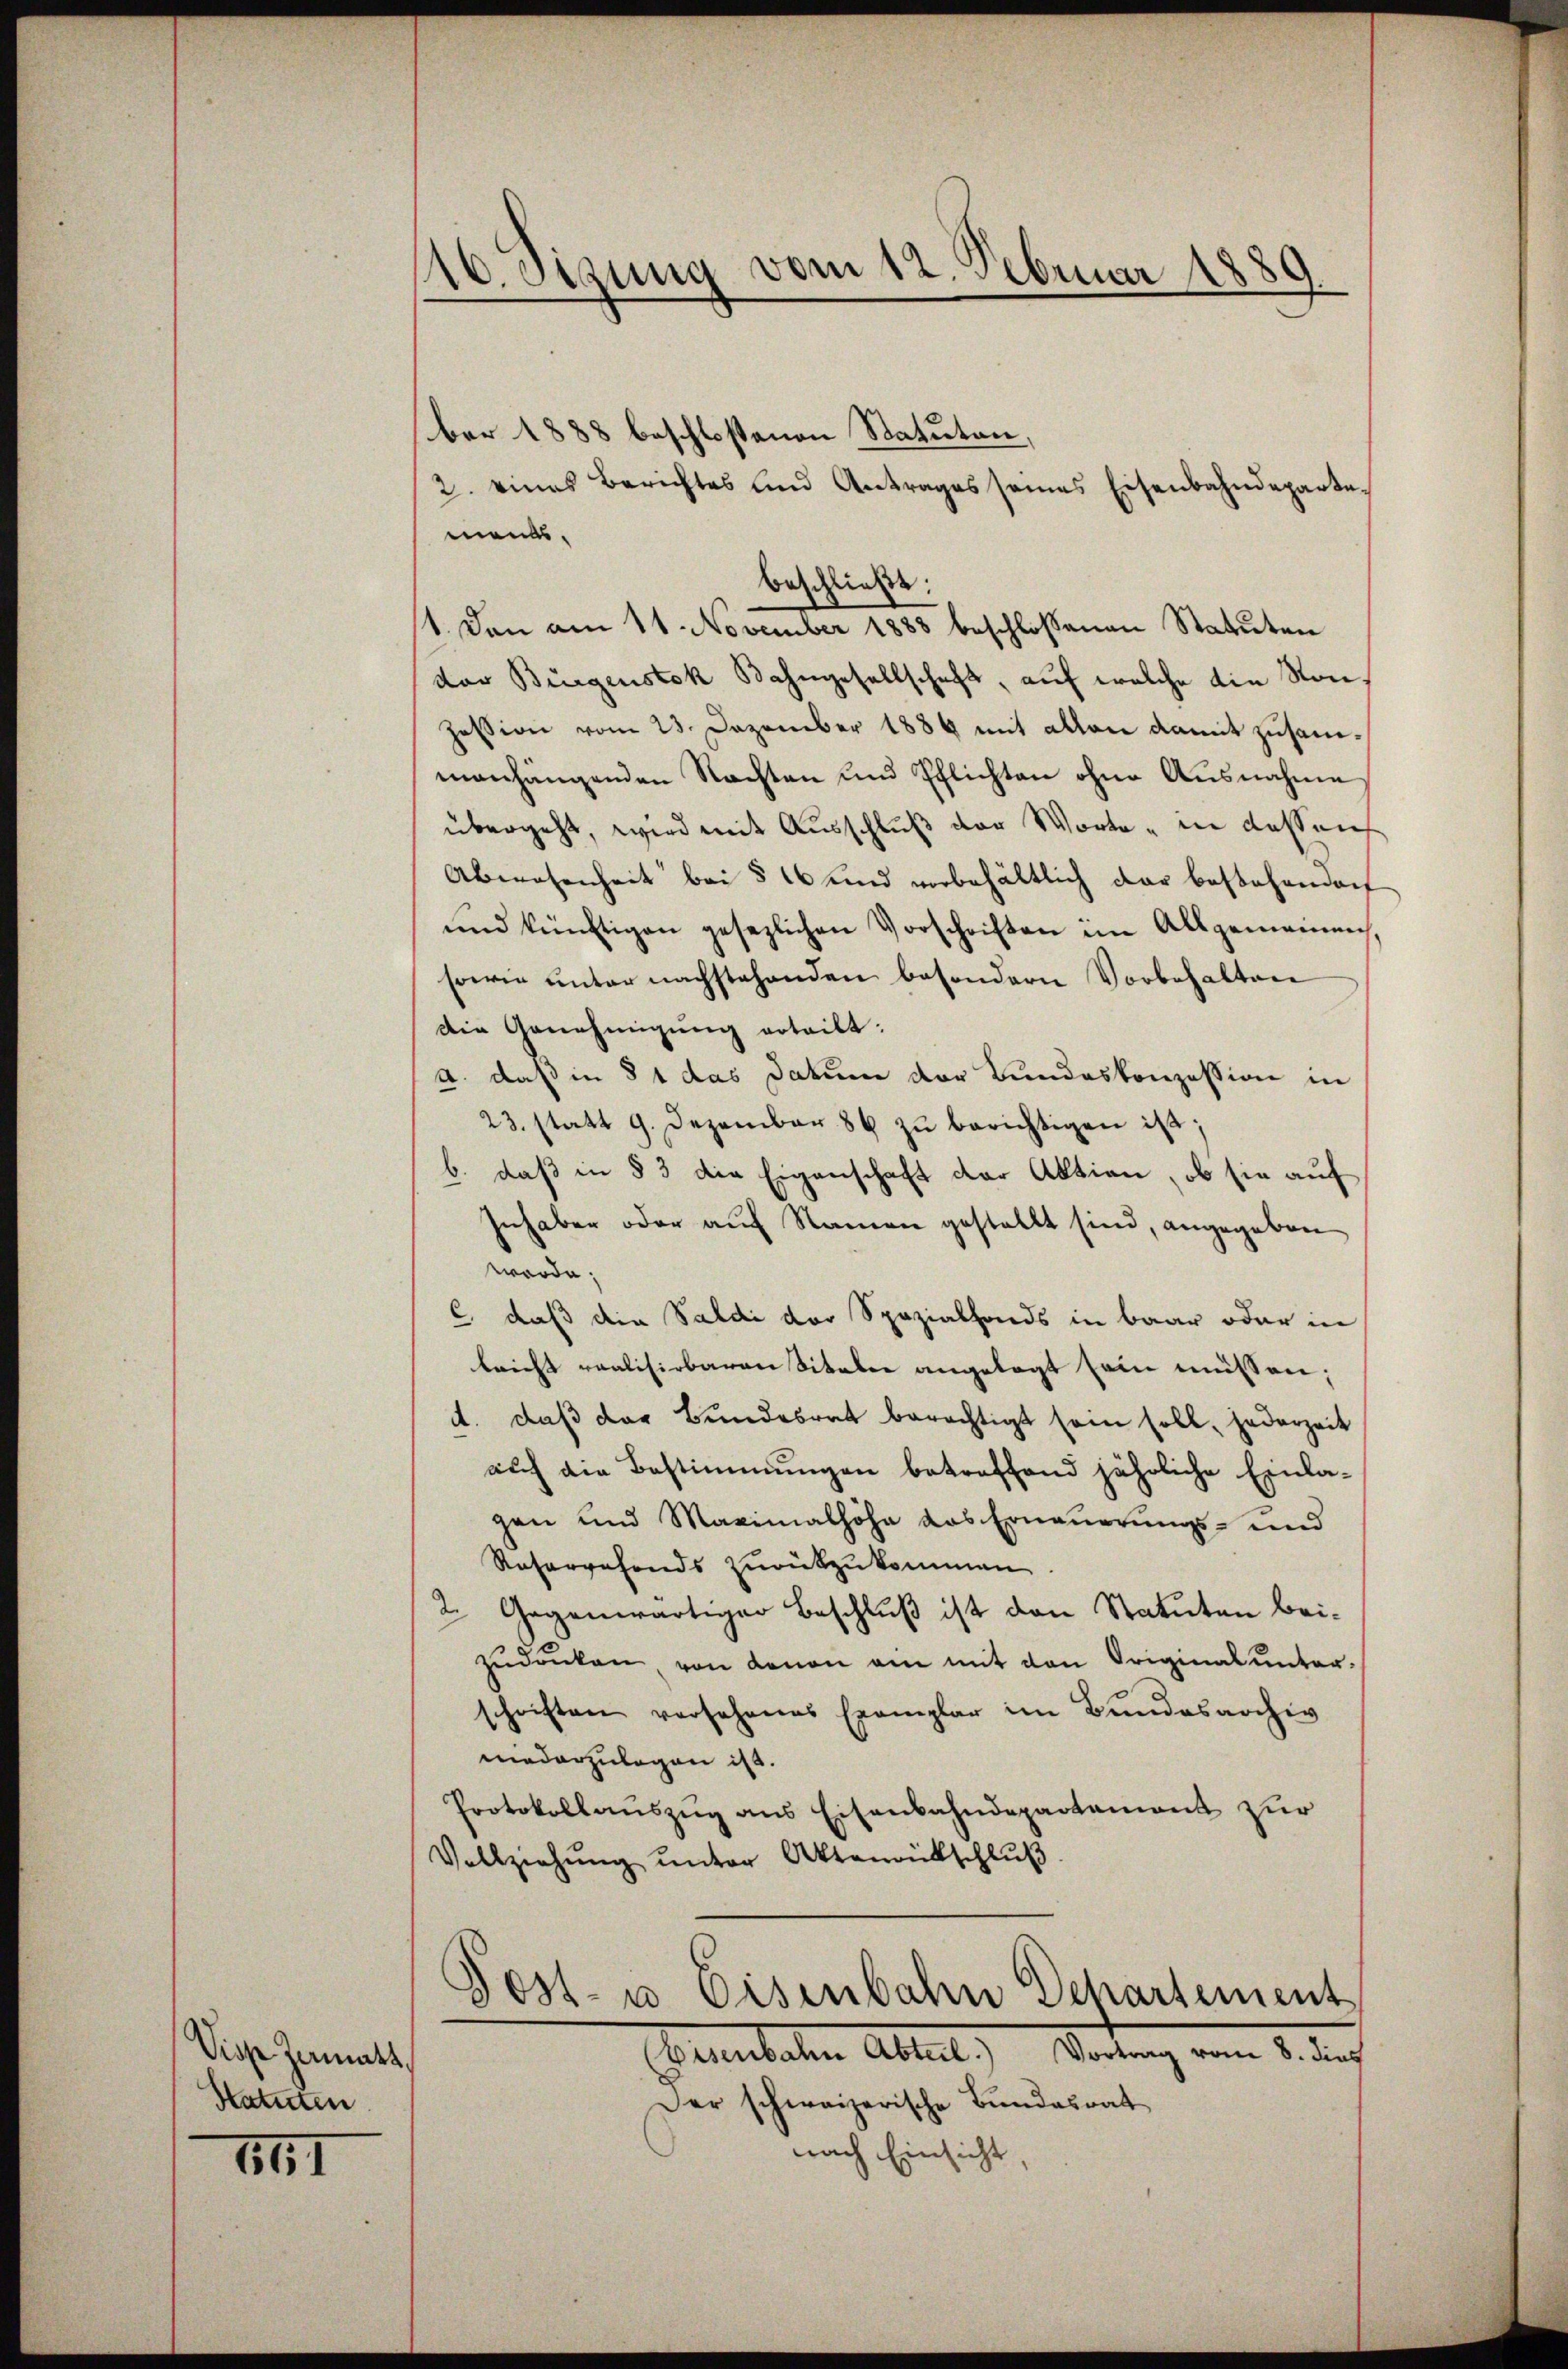
Diese Zamatt,
Statuten.

761

10. Setzung vom 12. Februar 1889.

ber 1888 beschlossenen Statuten,
2. eines Berichtes und Antrages seines Eisenbahndeparte.
mends.
beschließt:
1. Denn am 11. November 1885 beschlossenen Statuten
dor Bürgenstek Bahngesellschaft, auf welche die von
Zession vom 23. Dezember 1889 mit allen damit zusammanhängenden Nachten und Pflichten ohne Ausnahme
übergeht, wird mit Ausschluß der Worte in dessens
Abwesenheit bei § 16 und vorbehältlich der bestehenden
und künftigen gesezlichen Vorschriften im Allgemeinen,
sowie unter nachstehenden besondern Vorbehalten
Die Genehmigung erteilt:
a. daß in § 1 das Datum der Bundeskonzession in
23. statt 9. Dezember 86 zŭ berichtigen ist;
b. daß in § 3 die Eigenschaft der Aktion, ob sie auf
Inhaber oder auf Namen gestellt sind, angegeben
werde;
c., daß die Saldi der Spezialfonds in baar oder in
lricht realisirbaren Sitaler angelegt sein müssen;
A. daß der Bundesrat berechtigt sein soll, jederzeit
auf die Bestimmungen betreffend jährliche Einlagen und Maximalhöhe das Erneuerungs- und
Reservefonds zurükzukommen.
2. Gegenwärtiger Beschluß ist den Statuten beizŭdrüken von denen am mit den Originalunter-
schriften vorsehenes Exemplar im Bundesarchiv
niederzulegen ist.
Protokollauszug aus Eisenbahndepartement zur
Vollziehŭng ŭnter Aktenrütschlŭβ
Post- u Eisenbahn Departement
(Eisenbahn Abteil.) Vortrag vom 8. dies
Der schweizerische Bundesrat
nach Einsicht,